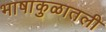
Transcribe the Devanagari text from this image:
भाषाकुळातली